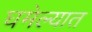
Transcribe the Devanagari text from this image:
घमेल्यात